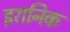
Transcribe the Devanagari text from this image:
इरानिक